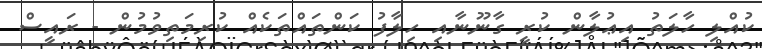
ކުއްލި ހާލަތު އިޢުލާން ކުރީ ގާނޫނާއި ހިލާފު ކަންތައްތަކެއް ކުރިމަތިވުމުން - ރައީސް